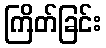
ကြိတ်ခြင်း